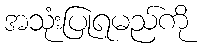
အသုံးပြုရမည်ကို